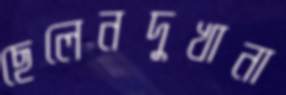
ছেলেনদুখানা